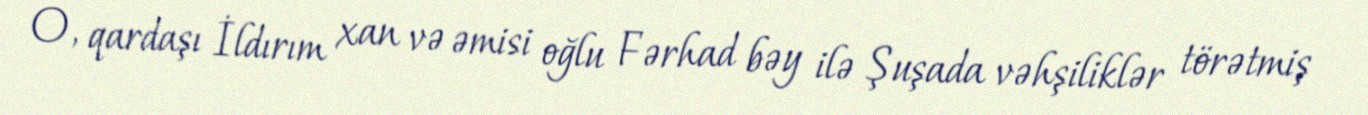
O, qardaşı İldırım xan və əmisi oğlu Fərhad bəy ilə Şuşada vəhşiliklər törətmiş